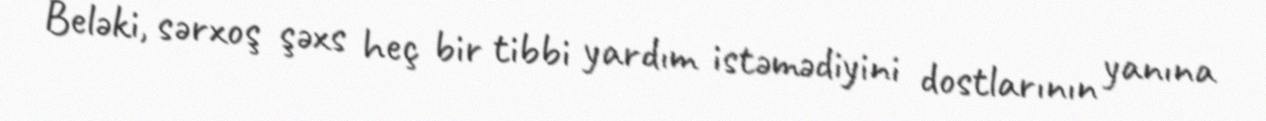
Beləki, sərxoş şəxs heç bir tibbi yardım istəmədiyini dostlarının yanına